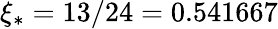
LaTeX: \xi_{*}=13/24=0.541667